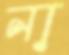
না